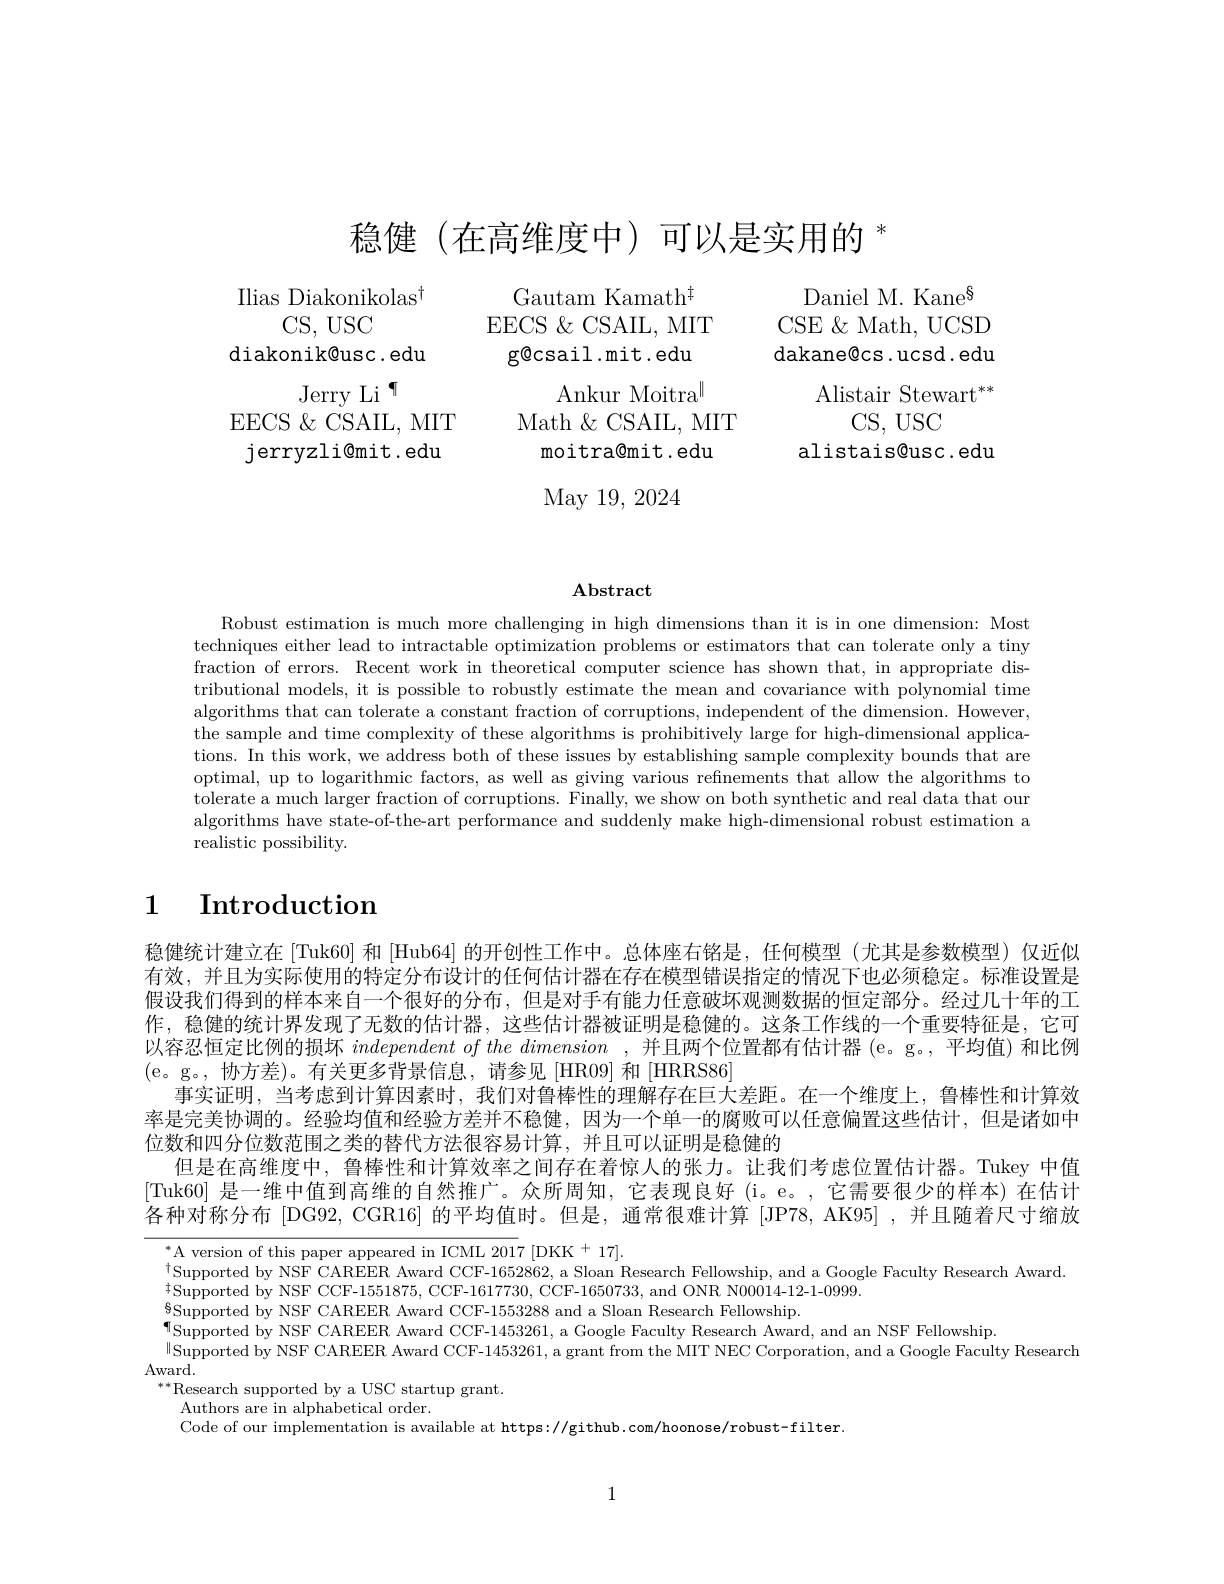
稳健(在高维度中)可以是实用的$^*$

Ilias Diakonikolas$^{\dagger}$
CS, USC

diakonik@usc.edu

Gautam Kamath$^{\ddagger}$
EECS $\&$ CSAIL, MIT
$g\textcircled{0}$csail.mit.edu
Ankur Moitra$^{\parallel}$
Math $\&$ CSAIL, MIT
moitra@mit.edu

Daniel M. Kane$^{8}$ CSE & Math, UCSD dakane@cs.ucsd.edu
$\mathrm{Alistair~Stewart}^{**}$
CS, USC
alistais@usc.edu

Jerry Li ¶
EECS $\&$CSAIL, MIT jerryzli@mit.edu

May 19, 2024

$\mathbf{Abstract}$

Robust estimation is much more challenging in high dimensions than it is in one dimension: Most techniques either lead to intractable optimization problems or estimators that can tolerate only a tiny fraction of errors. Recent work in theoretical computer science has shown that, in appropriate distributional models, it is possible to robustly estimate the mean and covariance with polynomial time algorithms that can tolerate a constant fraction of corruptions, independent of the dimension. However, the sample and time complexity of these algorithms is prohibitively large for high-dimensional applications. In this work, we address both of these issues by establishing sample complexity bounds that are optimal, up to logarithmic factors, as well as giving various refinements that allow the algorithms to tolerate a much larger fraction of corruptions. Finally, we show on both synthetic and real data that our algorithms have state-of-the-art performance and suddenly make high-dimensional robust estimation a realistic possibility.

# 1 Introduction

稳健统计建立在 [Tuk60] 和 [Hub64] 的开创性工作中。总体座右铭是，任何模型 (尤其是参数模型) 仅近似有效，并且为实际使用的特定分布设计的任何估计器在存在模型错误指定的情况下也必须稳定。标准设置是假设我们得到的样本来自一个很好的分布，但是对手有能力任意破坏观测数据的恒定部分。经过几十年的工作，稳健的统计界发现了无数的估计器，这些估计器被证明是稳健的。这条工作线的一个重要特征是，它可以容忍恒定比例的损坏independentofthedimension ,并且两个位置都有估计器(e。g。,平均值)和比例(e。g。,协方差)。有关更多背景信息，请参见[HR09]和[HRRS86]
事实证明，当考虑到计算因素时，我们对鲁棒性的理解存在巨大差距。在一个维度上，鲁棒性和计算效率是完美协调的。经验均值和经验方差并不稳健，因为一个单一的腐败可以任意偏置这些估计，但是诸如中位数和四分位数范围之类的替代方法很容易计算，并且可以证明是稳健的
但是在高维度中，鲁棒性和计算效率之间存在着惊人的张力。让我们考虑位置估计器。Tukey 中值[Tuk60] 是一维中值到高维的自然推广。众所周知，它表现良好(i。e。,它需要很少的样本)在估计各种对称分布 [DG92, CGR16] 的平均值时。但是，通常很难计算 [JP78, AK95] ,并且随着尺寸缩放

$^{*}$A version of this paper appeared in ICML 2017 [DKK + 17].
$^{\dagger}$Supported by NSF CAREER Award CCF-1652862, a Sloan Research Fellowship, and a Google Faculty Research Award
$^{8}$Supported by NSF CAREER Award CCF-1553288 and a Sloan Research Fellowship.
Supported by NSF CAREER Award CCF- 1453261,  a Google Faculty Research Award,  and an NSF Fellowship.  Supported by NSF CAREER Award CCF- 1453261,  a Google Faculty Research Award,  and an NSF Fellowip.
$\|$Supported by NSF CAREER Award CCF-1453261, a grant from the MIT NEC Corporation, and a Google Faculty Research
Award.
${}^{**}$Research supported by a USC startup grant.
Authors are in alphabetical order.
Code of our implementation is available at https://github.com/hoonose/robust-filter

1